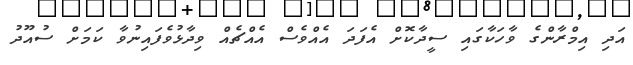
އަދި އިމްރާންގެ ވާހަކާގައި ސީދާކޮށް އެފަދަ އެއްވެސް އެއްޗެއް ވިދާޅުވެފައިނުވާ ކަމަށް ސުއޫދު